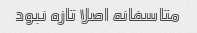
متاسفانه اصلا تازه نبود